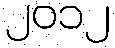
၂၀၁၂